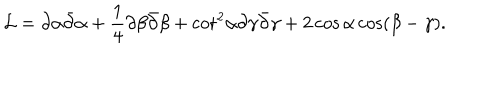
LaTeX: { \cal L } = \partial \alpha \bar { \partial } \alpha + { \frac { 1 } { 4 } } \partial \beta \bar { \partial } \beta + { \cot } ^ { 2 } \alpha \partial \gamma \bar { \partial } \gamma + 2 \cos \alpha \cos ( \beta - \gamma ) .